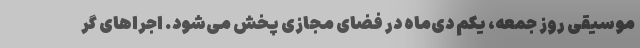
موسیقی روز جمعه، یکم دی‌ماه در فضای مجازی پخش می‌شود. اجرا‌های گر